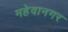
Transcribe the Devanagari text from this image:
महेवानगर